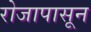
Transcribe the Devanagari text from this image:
रोजापासून